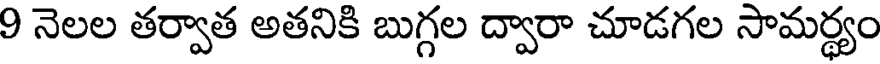
9 నెలల తర్వాత అతనికి బుగ్గల ద్వారా చూడగల సామర్థ్యం